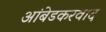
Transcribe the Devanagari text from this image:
अांबेडकरवाद